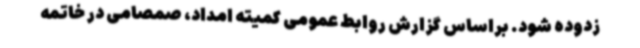
زدوده شود. براساس گزارش روابط عمومی کمیته امداد، صمصامی در خاتمه